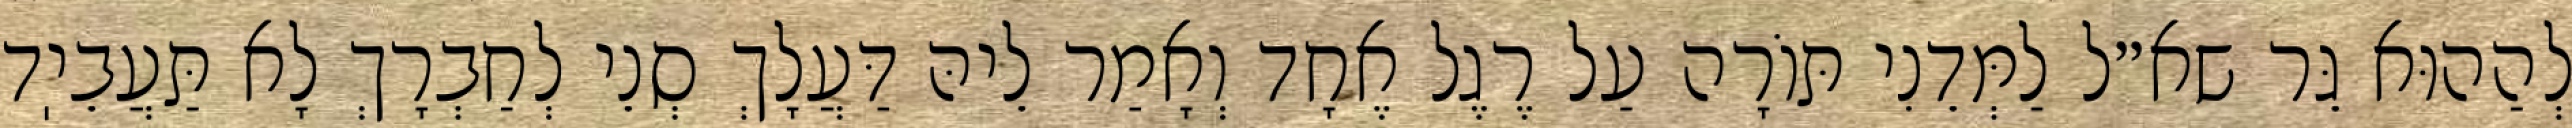
לְהַהוּא גֵּר שא״ל לַמְּדֵנִי תּוֹרָה עַל רֶגֶל אֶחָד וְאָמַר לֵיהּ דַּעֲלָךְ סְנֵי לְחַבְרָךְ לָא תַּעֲבֵיֽד